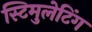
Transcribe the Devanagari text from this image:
स्टिमुलेटिंग